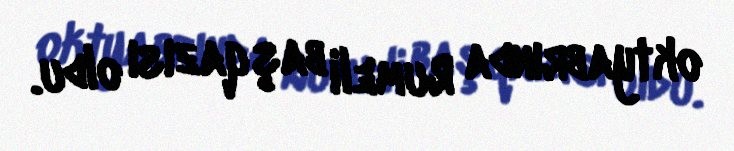
oktyabrında Rumeli başqazısı oldu.